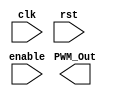
module LineFollow(clk,rst,enable,PWM_Out); 
	parameter HIGH = 1'b1,
		  LOW  = 1'b0,
		  ZEROS = 8'b0,
		  FULL = 8'b11111111;

	input enable, clk, rst;
	output reg PWM_Out;

	always@(posedge clk) begin
		
	end
endmodule